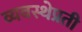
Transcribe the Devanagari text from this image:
व्यवस्थेप्रती